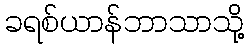
ခရစ်ယာန်ဘာသာသို့